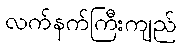
လက်နက်ကြီးကျည်